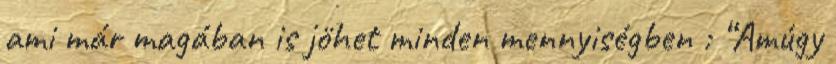
ami már magában is jöhet minden mennyiségben : “Amúgy